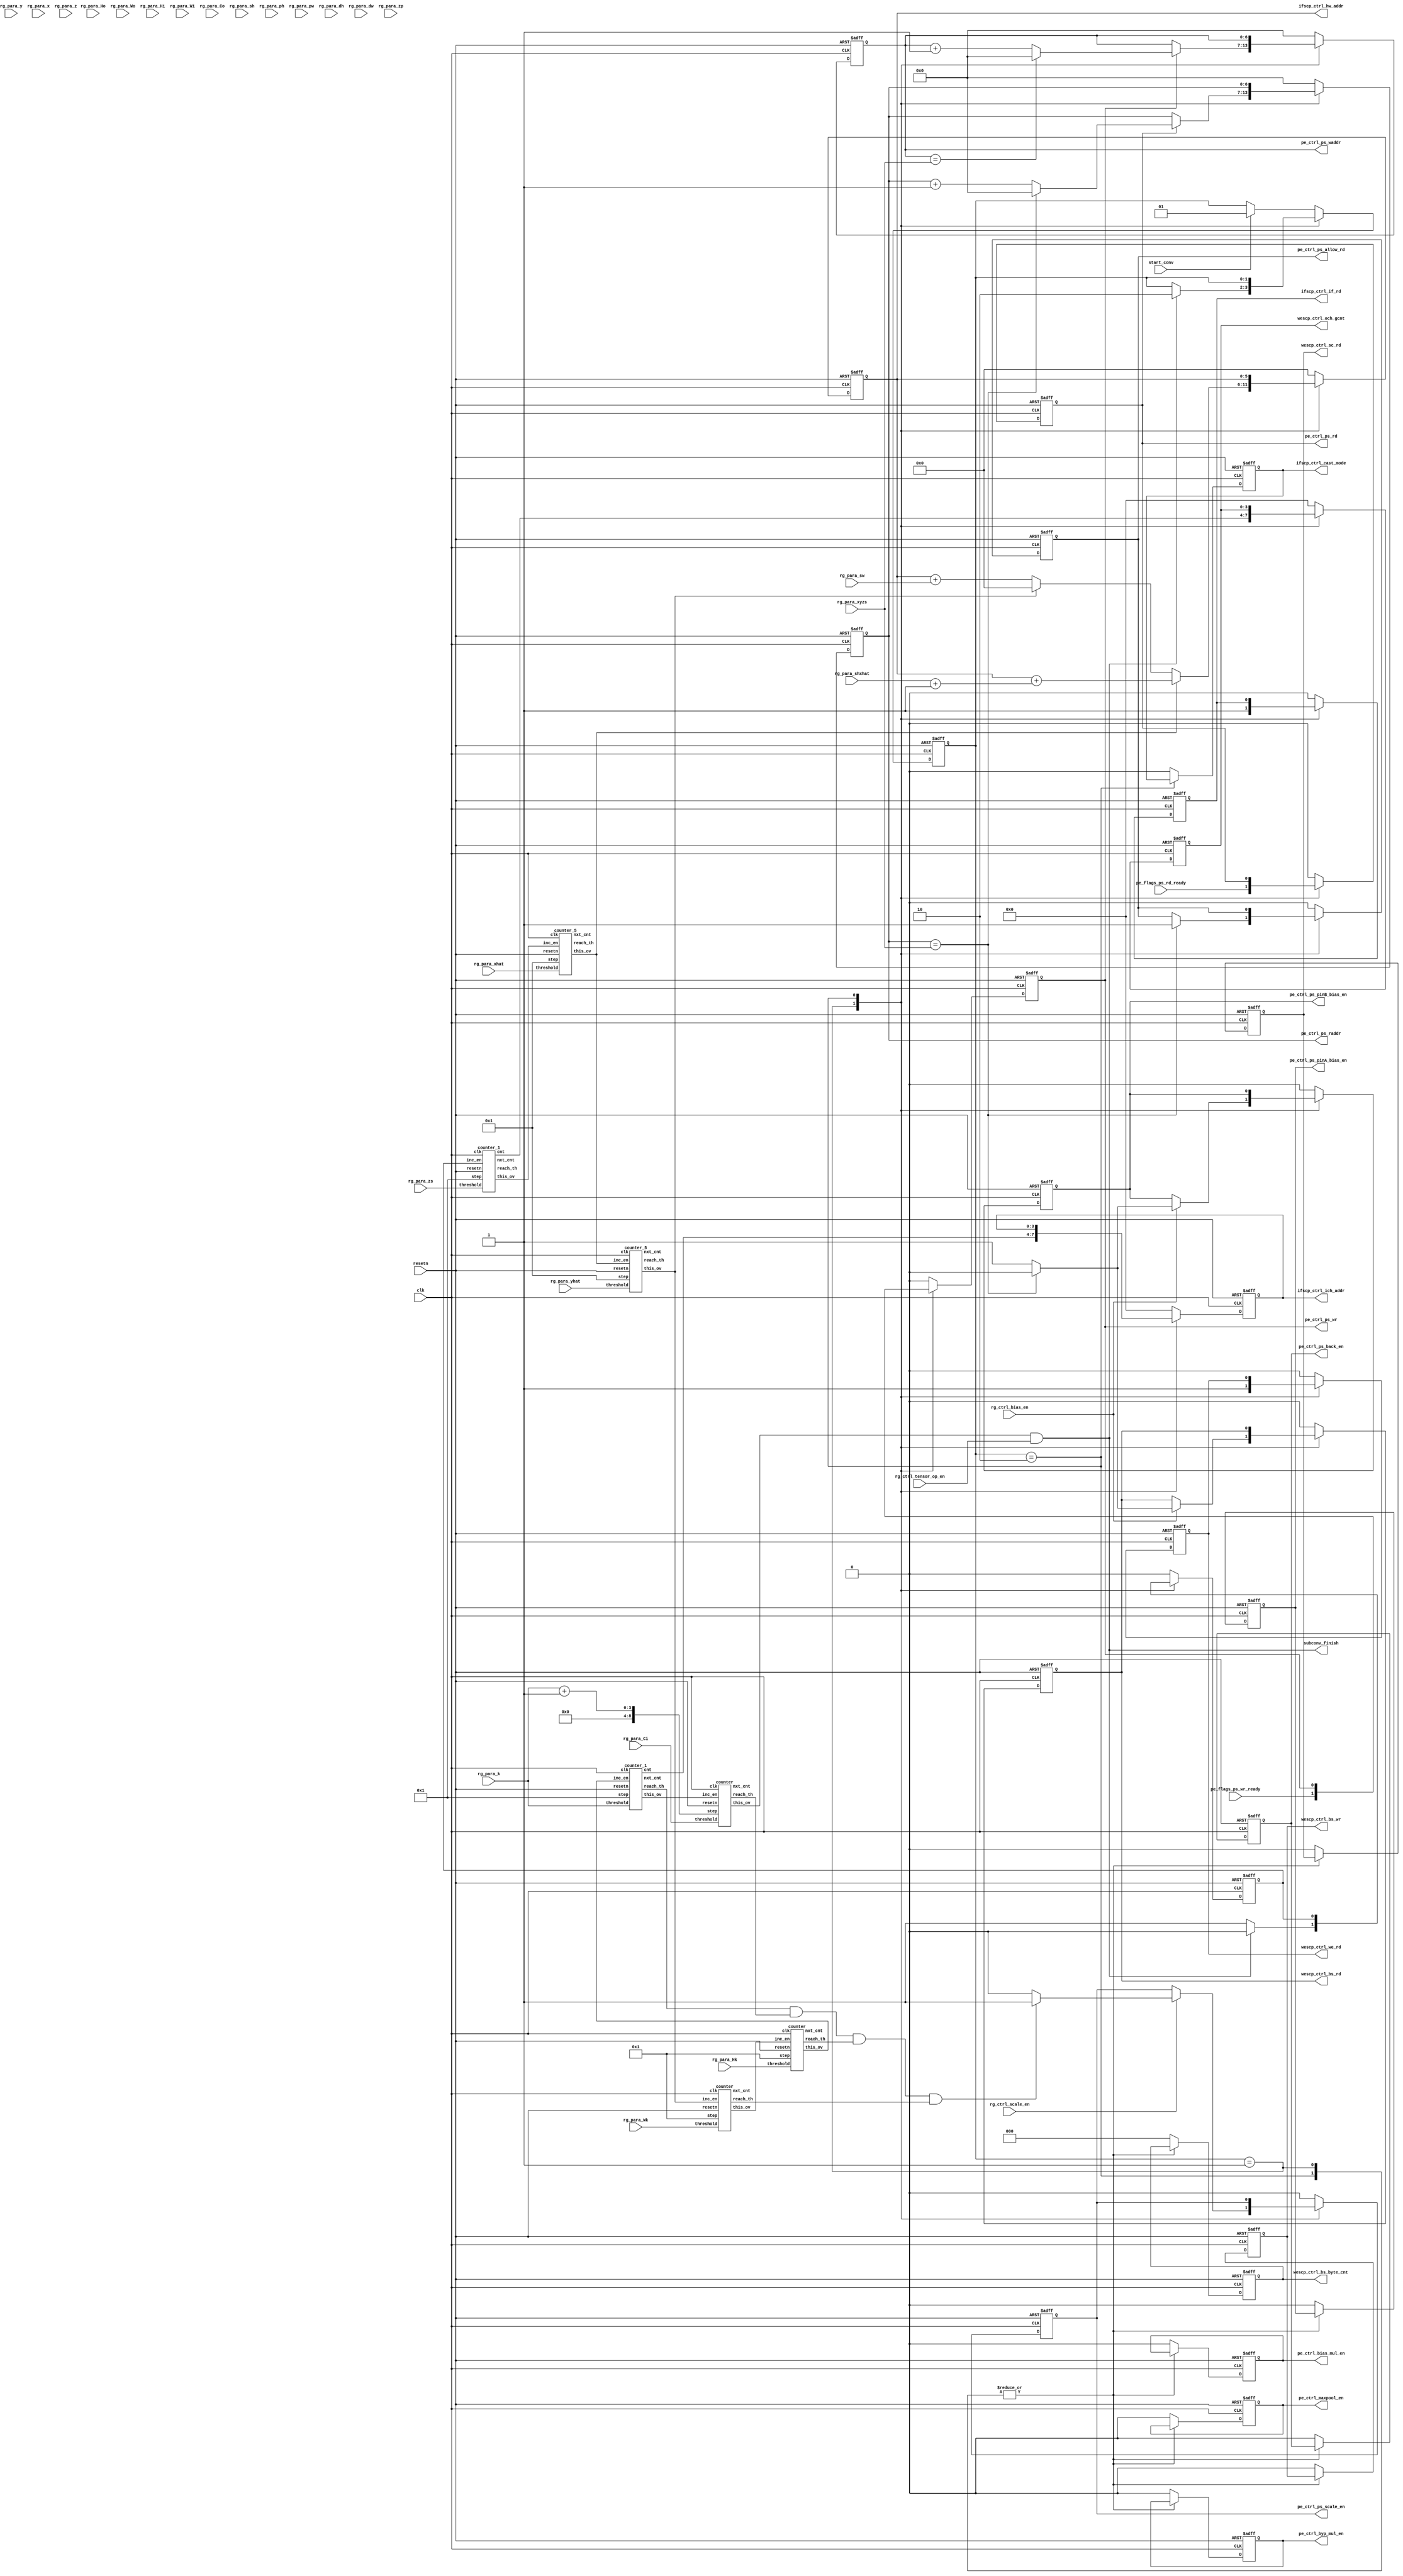
// Generator : SpinalHDL v1.7.1    git head : 0444bb76ab1d6e19f0ec46bc03c4769776deb7d5
// Component : pe_flow_ctrl
// Git hash  : a8067f8b21100dedc7f8f4dc50eeab43e42ffc01

`timescale 1ns/1ps

module pe_flow_ctrl (
  input               start_conv,
  input      [5:0]    rg_para_yhat,
  input      [5:0]    rg_para_xhat,
  input      [5:0]    rg_para_y,
  input      [5:0]    rg_para_x,
  input      [7:0]    rg_para_z,
  input      [7:0]    rg_para_Hk,
  input      [7:0]    rg_para_Wk,
  input      [7:0]    rg_para_Ho,
  input      [7:0]    rg_para_Wo,
  input      [7:0]    rg_para_Hi,
  input      [7:0]    rg_para_Wi,
  input      [7:0]    rg_para_Co,
  input      [7:0]    rg_para_Ci,
  input      [3:0]    rg_para_sh,
  input      [3:0]    rg_para_sw,
  input      [3:0]    rg_para_ph,
  input      [3:0]    rg_para_pw,
  input      [3:0]    rg_para_dh,
  input      [3:0]    rg_para_dw,
  input      [3:0]    rg_para_zs,
  input      [3:0]    rg_para_zp,
  input      [3:0]    rg_para_k,
  input      [5:0]    rg_para_shxhat,
  input      [6:0]    rg_para_xyzs,
  input               rg_ctrl_bias_en,
  input               rg_ctrl_scale_en,
  input               rg_ctrl_tensor_op_en,
  output              pe_ctrl_ps_back_en,
  output     [6:0]    pe_ctrl_ps_waddr,
  output     [6:0]    pe_ctrl_ps_raddr,
  output              pe_ctrl_ps_wr,
  output              pe_ctrl_ps_rd,
  output              pe_ctrl_ps_allow_rd,
  output              pe_ctrl_ps_pinA_bias_en,
  output              pe_ctrl_ps_pinB_bias_en,
  output              pe_ctrl_byp_mul_en,
  output              pe_ctrl_maxpool_en,
  output              pe_ctrl_bias_mul_en,
  output              pe_ctrl_ps_scale_en,
  output              ifscp_ctrl_if_rd,
  output     [5:0]    ifscp_ctrl_hw_addr,
  output     [3:0]    ifscp_ctrl_ich_addr,
  output              ifscp_ctrl_cast_mode,
  output              wescp_ctrl_we_rd,
  output              wescp_ctrl_bs_wr,
  output              wescp_ctrl_bs_rd,
  output              wescp_ctrl_sc_rd,
  output     [2:0]    wescp_ctrl_bs_byte_cnt,
  output     [3:0]    wescp_ctrl_och_gcnt,
  input               pe_flags_ps_rd_ready,
  input               pe_flags_ps_wr_ready,
  output              subconv_finish,
  input               clk,
  input               resetn
);
  localparam IDLE = 2'd0;
  localparam SUBCONV = 2'd1;
  localparam TENSOR_OP = 2'd2;

  wire       [8:0]    kz_step;
  wire       [8:0]    kz_nxt_cnt;
  wire                kz_this_ov;
  wire                kz_reach_th;
  wire       [3:0]    kzi_cnt;
  wire       [4:0]    kzi_nxt_cnt;
  wire                kzi_this_ov;
  wire                kzi_reach_th;
  wire       [8:0]    hki_nxt_cnt;
  wire                hki_this_ov;
  wire                hki_reach_th;
  wire       [8:0]    wki_nxt_cnt;
  wire                wki_this_ov;
  wire                wki_reach_th;
  wire       [3:0]    ozi_cnt;
  wire       [4:0]    ozi_nxt_cnt;
  wire                ozi_this_ov;
  wire                ozi_reach_th;
  wire       [6:0]    oyi_nxt_cnt;
  wire                oyi_this_ov;
  wire                oyi_reach_th;
  wire       [6:0]    oxi_nxt_cnt;
  wire                oxi_this_ov;
  wire                oxi_reach_th;
  wire       [3:0]    tmp_step;
  wire       [5:0]    tmp_ifscp_ctrl_rgs_hw_addr;
  wire       [5:0]    tmp_ifscp_ctrl_rgs_hw_addr_1;
  reg                 dofetch;
  wire                kz_sigs_inc;
  wire                kz_sigs_this_ov;
  wire                hki_sigs_inc;
  wire                hki_sigs_this_ov;
  wire                wki_sigs_inc;
  wire                wki_sigs_this_ov;
  wire                kzi_sigs_inc;
  wire                kzi_sigs_this_ov;
  wire                ozi_sigs_inc;
  wire                ozi_sigs_this_ov;
  wire                oyi_sigs_inc;
  wire                oyi_sigs_this_ov;
  wire                oxi_sigs_inc;
  wire                oxi_sigs_this_ov;
  reg                 pe_ctrl_rgs_ps_back_en;
  reg        [6:0]    pe_ctrl_rgs_ps_waddr;
  reg        [6:0]    pe_ctrl_rgs_ps_raddr;
  reg                 pe_ctrl_rgs_ps_wr;
  reg                 pe_ctrl_rgs_ps_rd;
  reg                 pe_ctrl_rgs_ps_allow_rd;
  reg                 pe_ctrl_rgs_ps_pinA_bias_en;
  reg                 pe_ctrl_rgs_ps_pinB_bias_en;
  reg                 pe_ctrl_rgs_byp_mul_en;
  reg                 pe_ctrl_rgs_maxpool_en;
  reg                 pe_ctrl_rgs_bias_mul_en;
  reg                 pe_ctrl_rgs_ps_scale_en;
  reg                 ifscp_ctrl_rgs_if_rd;
  reg        [5:0]    ifscp_ctrl_rgs_hw_addr;
  reg        [3:0]    ifscp_ctrl_rgs_ich_addr;
  reg                 ifscp_ctrl_rgs_cast_mode;
  reg                 wescp_ctrl_rgs_we_rd;
  reg                 wescp_ctrl_rgs_bs_wr;
  reg                 wescp_ctrl_rgs_bs_rd;
  reg                 wescp_ctrl_rgs_sc_rd;
  reg        [2:0]    wescp_ctrl_rgs_bs_byte_cnt;
  reg        [3:0]    wescp_ctrl_rgs_och_gcnt;
  wire                ps_raddr_ov;
  wire                ps_waddr_ov;
  wire                ofmap_out_ready_flag;
  reg        [1:0]    fsm_curr_state;
  reg        [1:0]    fsm_next_state;
  `ifndef SYNTHESIS
  reg [71:0] fsm_curr_state_string;
  reg [71:0] fsm_next_state_string;
  `endif


  assign tmp_step = (rg_para_k + 4'b0001);
  assign tmp_ifscp_ctrl_rgs_hw_addr = (rg_para_shxhat + 6'h01);
  assign tmp_ifscp_ctrl_rgs_hw_addr_1 = {2'd0, rg_para_sw};
  counter kz (
    .step      (kz_step[8:0]   ), //i
    .threshold (rg_para_Ci[7:0]), //i
    .inc_en    (kz_sigs_inc    ), //i
    .nxt_cnt   (kz_nxt_cnt[8:0]), //o
    .this_ov   (kz_this_ov     ), //o
    .reach_th  (kz_reach_th    ), //o
    .clk       (clk            ), //i
    .resetn    (resetn         )  //i
  );
  counter_1 kzi (
    .step      (5'h01           ), //i
    .threshold (rg_para_k[3:0]  ), //i
    .inc_en    (kzi_sigs_inc    ), //i
    .cnt       (kzi_cnt[3:0]    ), //o
    .nxt_cnt   (kzi_nxt_cnt[4:0]), //o
    .this_ov   (kzi_this_ov     ), //o
    .reach_th  (kzi_reach_th    ), //o
    .clk       (clk             ), //i
    .resetn    (resetn          )  //i
  );
  counter hki (
    .step      (9'h001          ), //i
    .threshold (rg_para_Hk[7:0] ), //i
    .inc_en    (hki_sigs_inc    ), //i
    .nxt_cnt   (hki_nxt_cnt[8:0]), //o
    .this_ov   (hki_this_ov     ), //o
    .reach_th  (hki_reach_th    ), //o
    .clk       (clk             ), //i
    .resetn    (resetn          )  //i
  );
  counter wki (
    .step      (9'h001          ), //i
    .threshold (rg_para_Wk[7:0] ), //i
    .inc_en    (wki_sigs_inc    ), //i
    .nxt_cnt   (wki_nxt_cnt[8:0]), //o
    .this_ov   (wki_this_ov     ), //o
    .reach_th  (wki_reach_th    ), //o
    .clk       (clk             ), //i
    .resetn    (resetn          )  //i
  );
  counter_1 ozi (
    .step      (5'h01           ), //i
    .threshold (rg_para_zs[3:0] ), //i
    .inc_en    (ozi_sigs_inc    ), //i
    .cnt       (ozi_cnt[3:0]    ), //o
    .nxt_cnt   (ozi_nxt_cnt[4:0]), //o
    .this_ov   (ozi_this_ov     ), //o
    .reach_th  (ozi_reach_th    ), //o
    .clk       (clk             ), //i
    .resetn    (resetn          )  //i
  );
  counter_5 oyi (
    .step      (7'h01            ), //i
    .threshold (rg_para_yhat[5:0]), //i
    .inc_en    (oyi_sigs_inc     ), //i
    .nxt_cnt   (oyi_nxt_cnt[6:0] ), //o
    .this_ov   (oyi_this_ov      ), //o
    .reach_th  (oyi_reach_th     ), //o
    .clk       (clk              ), //i
    .resetn    (resetn           )  //i
  );
  counter_5 oxi (
    .step      (7'h01            ), //i
    .threshold (rg_para_xhat[5:0]), //i
    .inc_en    (oxi_sigs_inc     ), //i
    .nxt_cnt   (oxi_nxt_cnt[6:0] ), //o
    .this_ov   (oxi_this_ov      ), //o
    .reach_th  (oxi_reach_th     ), //o
    .clk       (clk              ), //i
    .resetn    (resetn           )  //i
  );
  `ifndef SYNTHESIS
  always @(*) begin
    case(fsm_curr_state)
      IDLE : fsm_curr_state_string = "IDLE     ";
      SUBCONV : fsm_curr_state_string = "SUBCONV  ";
      TENSOR_OP : fsm_curr_state_string = "TENSOR_OP";
      default : fsm_curr_state_string = "?????????";
    endcase
  end
  always @(*) begin
    case(fsm_next_state)
      IDLE : fsm_next_state_string = "IDLE     ";
      SUBCONV : fsm_next_state_string = "SUBCONV  ";
      TENSOR_OP : fsm_next_state_string = "TENSOR_OP";
      default : fsm_next_state_string = "?????????";
    endcase
  end
  `endif

  assign kz_sigs_inc = kzi_sigs_this_ov;
  assign kzi_sigs_inc = hki_sigs_this_ov;
  assign hki_sigs_inc = wki_sigs_this_ov;
  assign wki_sigs_inc = oyi_sigs_this_ov;
  assign oyi_sigs_inc = oxi_sigs_this_ov;
  assign oxi_sigs_inc = ozi_sigs_this_ov;
  assign ozi_sigs_inc = dofetch;
  assign kz_step = {5'd0, tmp_step};
  assign kz_sigs_this_ov = kz_this_ov;
  assign kzi_sigs_this_ov = kzi_this_ov;
  assign hki_sigs_this_ov = hki_this_ov;
  assign wki_sigs_this_ov = wki_this_ov;
  assign ozi_sigs_this_ov = ozi_this_ov;
  assign oyi_sigs_this_ov = oyi_this_ov;
  assign oxi_sigs_this_ov = oxi_this_ov;
  assign pe_ctrl_ps_back_en = pe_ctrl_rgs_ps_back_en;
  assign pe_ctrl_ps_waddr = pe_ctrl_rgs_ps_waddr;
  assign pe_ctrl_ps_raddr = pe_ctrl_rgs_ps_raddr;
  assign pe_ctrl_ps_wr = pe_ctrl_rgs_ps_wr;
  assign pe_ctrl_ps_rd = pe_ctrl_rgs_ps_rd;
  assign pe_ctrl_ps_allow_rd = pe_ctrl_rgs_ps_allow_rd;
  assign pe_ctrl_ps_pinA_bias_en = pe_ctrl_rgs_ps_pinA_bias_en;
  assign pe_ctrl_ps_pinB_bias_en = pe_ctrl_rgs_ps_pinB_bias_en;
  assign pe_ctrl_byp_mul_en = pe_ctrl_rgs_byp_mul_en;
  assign pe_ctrl_maxpool_en = pe_ctrl_rgs_maxpool_en;
  assign pe_ctrl_bias_mul_en = pe_ctrl_rgs_bias_mul_en;
  assign pe_ctrl_ps_scale_en = pe_ctrl_rgs_ps_scale_en;
  assign ifscp_ctrl_if_rd = ifscp_ctrl_rgs_if_rd;
  assign ifscp_ctrl_hw_addr = ifscp_ctrl_rgs_hw_addr;
  assign ifscp_ctrl_ich_addr = ifscp_ctrl_rgs_ich_addr;
  assign ifscp_ctrl_cast_mode = ifscp_ctrl_rgs_cast_mode;
  assign wescp_ctrl_we_rd = wescp_ctrl_rgs_we_rd;
  assign wescp_ctrl_bs_wr = wescp_ctrl_rgs_bs_wr;
  assign wescp_ctrl_bs_rd = wescp_ctrl_rgs_bs_rd;
  assign wescp_ctrl_sc_rd = wescp_ctrl_rgs_sc_rd;
  assign wescp_ctrl_bs_byte_cnt = wescp_ctrl_rgs_bs_byte_cnt;
  assign wescp_ctrl_och_gcnt = wescp_ctrl_rgs_och_gcnt;
  assign ps_raddr_ov = (pe_ctrl_rgs_ps_raddr == rg_para_xyzs);
  assign ps_waddr_ov = (pe_ctrl_rgs_ps_waddr == rg_para_xyzs);
  assign ofmap_out_ready_flag = (((kzi_reach_th && kz_reach_th) && hki_reach_th) && wki_reach_th);
  assign subconv_finish = (kz_sigs_this_ov && rg_ctrl_tensor_op_en);
  always @(*) begin
    fsm_next_state = fsm_curr_state;
    case(fsm_curr_state)
      SUBCONV : begin
        if(subconv_finish) begin
          fsm_next_state = TENSOR_OP;
        end
      end
      TENSOR_OP : begin
      end
      default : begin
        if(start_conv) begin
          fsm_next_state = SUBCONV;
        end
      end
    endcase
  end

  always @(posedge clk or negedge resetn) begin
    if(!resetn) begin
      dofetch <= 1'b0;
      pe_ctrl_rgs_ps_back_en <= 1'b0;
      pe_ctrl_rgs_ps_waddr <= 7'h0;
      pe_ctrl_rgs_ps_raddr <= 7'h0;
      pe_ctrl_rgs_ps_wr <= 1'b0;
      pe_ctrl_rgs_ps_rd <= 1'b0;
      pe_ctrl_rgs_ps_allow_rd <= 1'b0;
      pe_ctrl_rgs_ps_pinA_bias_en <= 1'b0;
      pe_ctrl_rgs_ps_pinB_bias_en <= 1'b0;
      pe_ctrl_rgs_byp_mul_en <= 1'b0;
      pe_ctrl_rgs_maxpool_en <= 1'b0;
      pe_ctrl_rgs_bias_mul_en <= 1'b0;
      pe_ctrl_rgs_ps_scale_en <= 1'b0;
      ifscp_ctrl_rgs_if_rd <= 1'b0;
      ifscp_ctrl_rgs_hw_addr <= 6'h0;
      ifscp_ctrl_rgs_ich_addr <= 4'b0000;
      ifscp_ctrl_rgs_cast_mode <= 1'b0;
      wescp_ctrl_rgs_we_rd <= 1'b0;
      wescp_ctrl_rgs_bs_wr <= 1'b0;
      wescp_ctrl_rgs_bs_rd <= 1'b0;
      wescp_ctrl_rgs_sc_rd <= 1'b0;
      wescp_ctrl_rgs_bs_byte_cnt <= 3'b000;
      wescp_ctrl_rgs_och_gcnt <= 4'b0000;
      fsm_curr_state <= IDLE;
    end else begin
      fsm_curr_state <= fsm_next_state;
      case(fsm_curr_state)
        SUBCONV : begin
          dofetch <= 1'b1;
          ifscp_ctrl_rgs_cast_mode <= 1'b0;
          if(oxi_sigs_this_ov) begin
            ifscp_ctrl_rgs_hw_addr <= (ifscp_ctrl_rgs_hw_addr + tmp_ifscp_ctrl_rgs_hw_addr);
          end else begin
            if(oyi_sigs_this_ov) begin
              ifscp_ctrl_rgs_hw_addr <= 6'h0;
            end else begin
              ifscp_ctrl_rgs_hw_addr <= (ifscp_ctrl_rgs_hw_addr + tmp_ifscp_ctrl_rgs_hw_addr_1);
            end
          end
          ifscp_ctrl_rgs_ich_addr <= kzi_cnt;
          wescp_ctrl_rgs_och_gcnt <= ozi_cnt;
          ifscp_ctrl_rgs_if_rd <= 1'b1;
          wescp_ctrl_rgs_we_rd <= 1'b1;
          pe_ctrl_rgs_ps_wr <= pe_flags_ps_wr_ready;
          pe_ctrl_rgs_ps_rd <= pe_flags_ps_rd_ready;
          if(ps_raddr_ov) begin
            pe_ctrl_rgs_ps_allow_rd <= 1'b1;
          end
          if(pe_ctrl_rgs_ps_rd) begin
            if(ps_raddr_ov) begin
              pe_ctrl_rgs_ps_raddr <= 7'h0;
            end else begin
              pe_ctrl_rgs_ps_raddr <= (pe_ctrl_rgs_ps_raddr + 7'h01);
            end
          end
          if(pe_ctrl_rgs_ps_wr) begin
            if(ps_waddr_ov) begin
              pe_ctrl_rgs_ps_waddr <= 7'h0;
            end else begin
              pe_ctrl_rgs_ps_waddr <= (pe_ctrl_rgs_ps_waddr + 7'h01);
            end
          end
          if(rg_ctrl_bias_en) begin
            if(ps_raddr_ov) begin
              wescp_ctrl_rgs_bs_rd <= 1'b0;
              pe_ctrl_rgs_ps_pinB_bias_en <= 1'b0;
            end else begin
              wescp_ctrl_rgs_bs_rd <= 1'b1;
              pe_ctrl_rgs_ps_pinB_bias_en <= 1'b1;
            end
          end
          if(rg_ctrl_scale_en) begin
            if(ofmap_out_ready_flag) begin
              pe_ctrl_rgs_ps_scale_en <= 1'b1;
            end else begin
              pe_ctrl_rgs_ps_scale_en <= 1'b0;
            end
          end
          if(subconv_finish) begin
            dofetch <= 1'b0;
          end
        end
        TENSOR_OP : begin
        end
        default : begin
          ifscp_ctrl_rgs_if_rd <= 1'b0;
          ifscp_ctrl_rgs_hw_addr <= 6'h0;
          ifscp_ctrl_rgs_ich_addr <= 4'b0000;
          ifscp_ctrl_rgs_cast_mode <= 1'b0;
          wescp_ctrl_rgs_we_rd <= 1'b0;
          wescp_ctrl_rgs_bs_wr <= 1'b0;
          wescp_ctrl_rgs_bs_rd <= 1'b0;
          wescp_ctrl_rgs_sc_rd <= 1'b0;
          wescp_ctrl_rgs_bs_byte_cnt <= 3'b000;
          wescp_ctrl_rgs_och_gcnt <= 4'b0000;
          pe_ctrl_rgs_ps_back_en <= 1'b0;
          pe_ctrl_rgs_ps_waddr <= 7'h0;
          pe_ctrl_rgs_ps_raddr <= 7'h0;
          pe_ctrl_rgs_ps_wr <= 1'b0;
          pe_ctrl_rgs_ps_rd <= 1'b0;
          pe_ctrl_rgs_ps_allow_rd <= 1'b0;
          pe_ctrl_rgs_ps_pinA_bias_en <= 1'b0;
          pe_ctrl_rgs_ps_pinB_bias_en <= 1'b0;
          pe_ctrl_rgs_byp_mul_en <= 1'b0;
          pe_ctrl_rgs_maxpool_en <= 1'b0;
          pe_ctrl_rgs_bias_mul_en <= 1'b0;
          pe_ctrl_rgs_ps_scale_en <= 1'b0;
          dofetch <= 1'b0;
        end
      endcase
    end
  end


endmodule

//counter_5 replaced by counter_5

module counter_5 (
  input      [6:0]    step,
  input      [5:0]    threshold,
  input               inc_en,
  output     [6:0]    nxt_cnt,
  output              this_ov,
  output              reach_th,
  input               clk,
  input               resetn
);

  wire       [6:0]    tmp_reach_th;
  reg        [6:0]    cnt_rg;
  wire       [5:0]    true_threshold;

  assign tmp_reach_th = {1'd0, true_threshold};
  assign true_threshold = threshold;
  assign nxt_cnt = (cnt_rg + step);
  assign reach_th = (tmp_reach_th <= nxt_cnt);
  assign this_ov = (reach_th && inc_en);
  always @(posedge clk or negedge resetn) begin
    if(!resetn) begin
      cnt_rg <= 7'h0;
    end else begin
      if(inc_en) begin
        if(reach_th) begin
          cnt_rg <= 7'h0;
        end else begin
          cnt_rg <= nxt_cnt;
        end
      end
    end
  end


endmodule

//counter_1 replaced by counter_1

//counter replaced by counter

//counter replaced by counter

module counter_1 (
  input      [4:0]    step,
  input      [3:0]    threshold,
  input               inc_en,
  output     [3:0]    cnt,
  output     [4:0]    nxt_cnt,
  output              this_ov,
  output              reach_th,
  input               clk,
  input               resetn
);

  wire       [4:0]    tmp_reach_th;
  reg        [4:0]    cnt_rg;
  wire       [3:0]    true_threshold;

  assign tmp_reach_th = {1'd0, true_threshold};
  assign true_threshold = threshold;
  assign nxt_cnt = (cnt_rg + step);
  assign reach_th = (tmp_reach_th <= nxt_cnt);
  assign cnt = cnt_rg[3:0];
  assign this_ov = (reach_th && inc_en);
  always @(posedge clk or negedge resetn) begin
    if(!resetn) begin
      cnt_rg <= 5'h0;
    end else begin
      if(inc_en) begin
        if(reach_th) begin
          cnt_rg <= 5'h0;
        end else begin
          cnt_rg <= nxt_cnt;
        end
      end
    end
  end


endmodule

module counter (
  input      [8:0]    step,
  input      [7:0]    threshold,
  input               inc_en,
  output     [8:0]    nxt_cnt,
  output              this_ov,
  output              reach_th,
  input               clk,
  input               resetn
);

  wire       [8:0]    tmp_reach_th;
  reg        [8:0]    cnt_rg;
  wire       [7:0]    true_threshold;

  assign tmp_reach_th = {1'd0, true_threshold};
  assign true_threshold = threshold;
  assign nxt_cnt = (cnt_rg + step);
  assign reach_th = (tmp_reach_th <= nxt_cnt);
  assign this_ov = (reach_th && inc_en);
  always @(posedge clk or negedge resetn) begin
    if(!resetn) begin
      cnt_rg <= 9'h0;
    end else begin
      if(inc_en) begin
        if(reach_th) begin
          cnt_rg <= 9'h0;
        end else begin
          cnt_rg <= nxt_cnt;
        end
      end
    end
  end


endmodule